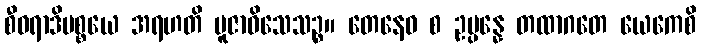
စီဝရာဒိပစ္စယေ အရဟတိ ပူဇာဝိသေသဉ္စ။ တေနေဝ စ ဥပ္ပန္နေ တထာဂတေ ယေကေစိ